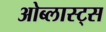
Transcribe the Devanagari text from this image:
ओब्लास्ट्स